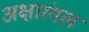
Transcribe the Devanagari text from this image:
अक्षारंगल